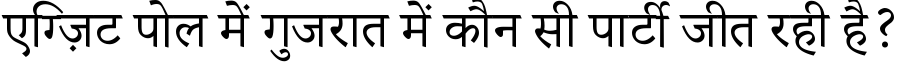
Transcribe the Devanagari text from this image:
एग्ज़िट पोल में गुजरात में कौन सी पार्टी जीत रही है?